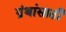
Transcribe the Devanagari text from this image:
ग्रंथांसाठी